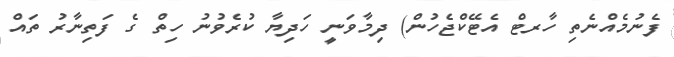
ފެނުމެއްނެތި ހާރޓް އެޓޭކްޖެހުން) ދިމާވަނީ ހަދިޔާ ކުރެވުނު ހިތް ގެ ފަތިނާރު ތައް